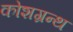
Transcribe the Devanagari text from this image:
कोशग्रन्थ